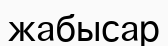
жабысар